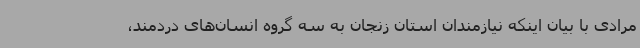
مرادی با بیان اینکه نیازمندان استان زنجان به سه گروه انسان‌های دردمند،